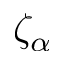
\zeta _ { \alpha }